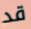
قد